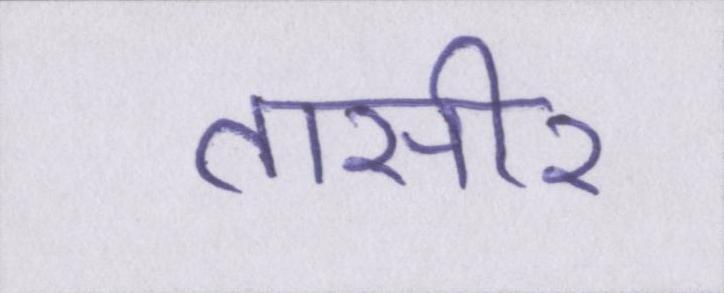
तासीर